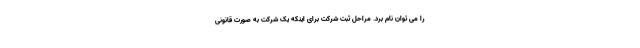
را می توان نام برد. مراحل ثبت شرکت برای اینکه یک شرکت به صورت قانونی